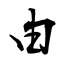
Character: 由